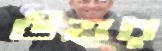
উত্তর